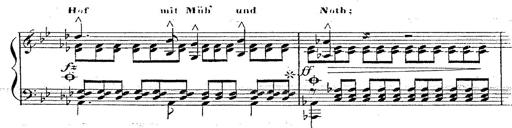
Title: 12 Lieder von Franz Schubert
Composer: Franz Liszt